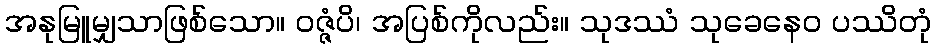
အနုမြူမျှသာဖြစ်သော။ ဝဇ္ဇံပိ၊ အပြစ်ကိုလည်း။ သုဒဿံ သုခေနေဝ ပဿိတုံ